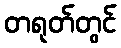
တရုတ်တွင်